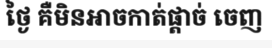
ថ្ងៃ គឺមិនអាចកាត់ផ្តាច់ ចេញ